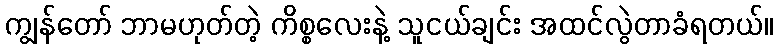
ကျွန်တော် ဘာမဟုတ်တဲ့ ကိစ္စလေးနဲ့ သူငယ်ချင်း အထင်လွဲတာခံရတယ်။